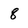
Character: 8